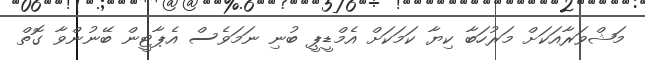
މަޝްވަރާއަކަށް މަރުހަބާ ކިޔާ ކަމަކަށް އެމްޑީޕީ ބުނި ނަމަވެސް އެޕާޓީން ބޭނުންވާ ގޮތް